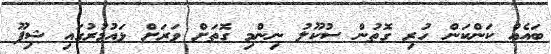
ބައެއް ކަންކަން ހުރި ގޮތުން ސުކޫލު ނިންމި ގޮތަށް ވަރަށް ޅައުމުރުގައި ޝިފޫ